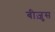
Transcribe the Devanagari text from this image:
बीज़ुस